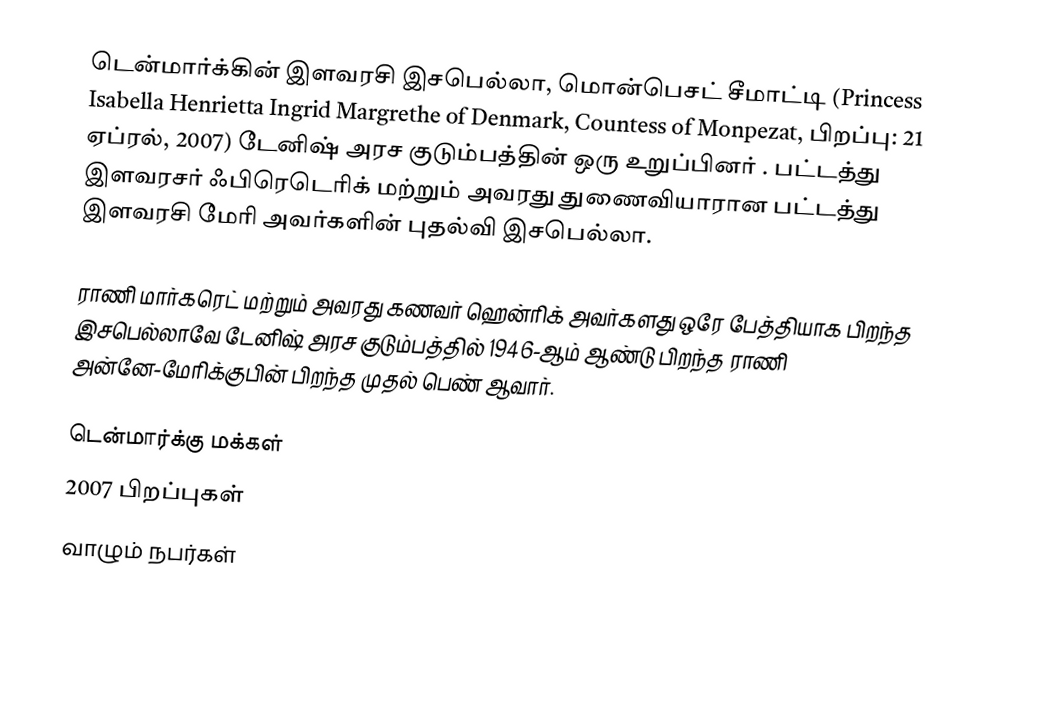
டென்மார்க்கின் இளவரசி இசபெல்லா, மொன்பெசட் சீமாட்டி (Princess Isabella Henrietta Ingrid Margrethe of Denmark, Countess of Monpezat, பிறப்பு: 21 ஏப்ரல், 2007) டேனிஷ் அரச குடும்பத்தின் ஒரு உறுப்பினர் . பட்டத்து இளவரசர் ஃபிரெடெரிக் மற்றும் அவரது துணைவியாரான பட்டத்து இளவரசி மேரி அவர்களின் புதல்வி இசபெல்லா.

ராணி மார்கரெட் மற்றும் அவரது கணவர் ஹென்ரிக் அவர்களது ஒரே பேத்தியாக பிறந்த இசபெல்லாவே டேனிஷ் அரச குடும்பத்தில் 1946-ஆம் ஆண்டு பிறந்த ராணி அன்னே-மேரிக்குபின் பிறந்த முதல் பெண் ஆவார்.

டென்மார்க்கு மக்கள்
2007 பிறப்புகள்
வாழும் நபர்கள்